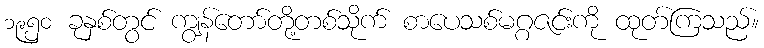
၁၉၅၀ ခုနှစ်တွင် ကျွန်တော်တို့တစ်သိုက် စာပေသစ်မဂ္ဂဇင်းကို ထုတ်ကြသည်။